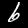
Label: 6